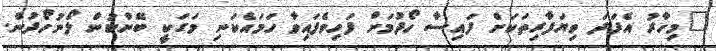
"މިހާރު އެފަދަ ވިޔަފާރިތަކަށް ފައިސާ ހޯދުމަށް ފަހިވެފައިވާ ހަމައެކަނި މަގަކީ ބޭންކުން ލޯނުހޯދުން.